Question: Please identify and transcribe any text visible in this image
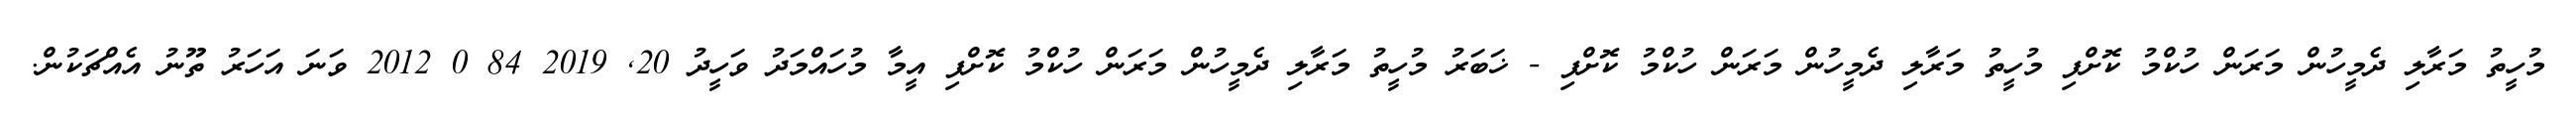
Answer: މުހީތު މަރާލި ދެމީހުން މަރަން ހުކްމު ކޮށްފި މުހީތު މަރާލި ދެމީހުން މަރަން ހުކްމު ކޮށްފި - ޚަބަރު މުހީތު މަރާލި ދެމީހުން މަރަން ހުކްމު ކޮށްފި އީމާ މުހައްމަދު ވަހީދު 20, 2019 84 0 2012 ވަނަ އަހަރު ތޫނު އެއްޗަކުން.